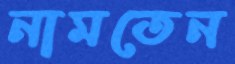
নামতেন